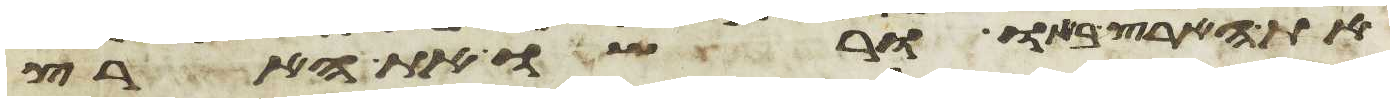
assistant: את הארץ באו ורשו את הארץ